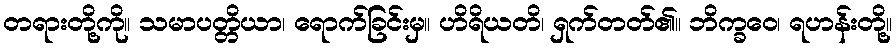
တရားတို့ကို။ သမာပတ္တိယာ၊ ရောက်ခြင်းမှ။ ဟိရိယတိ၊ ရှက်တတ်၏။ ဘိက္ခဝေ၊ ရဟန်းတို့။